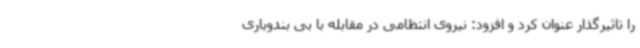
را تاثیرگذار عنوان کرد و افزود: نیروی انتظامی در مقابله با بی بندوباری